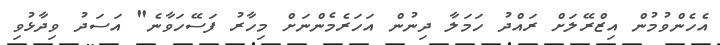
އެހެންވުމުން އިޒްރޭލަށް ރައްދު ހަމަލާ ދިނުން އަހަރެމެންނަށް މިހާރު ފަސޭހަވާނެ" އަސަދު ވިދާޅުވި